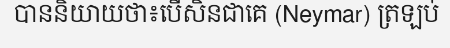
បាននិយាយថា៖បើសិនជាគេ (Neymar) ត្រឡប់